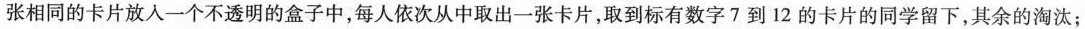
张相同的卡片放入一个不透明的盒子中，每人依次从中取出一张卡片，取到标有数字7到12的卡片的同学留下，其余的淘汰；